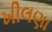
ખીલણા